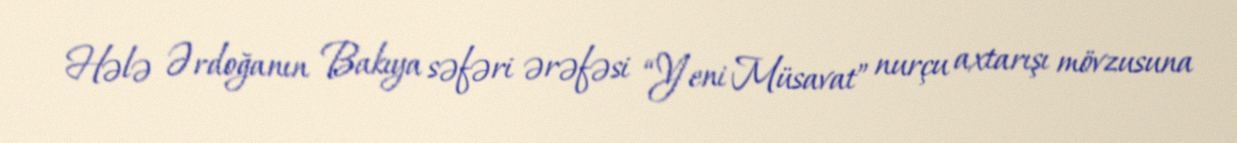
Hələ Ərdoğanın Bakıya səfəri ərəfəsi “Yeni Müsavat” nurçu axtarışı mövzusuna